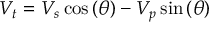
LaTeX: V _ { t } = V _ { s } \cos \left( \theta \right) - V _ { p } \sin \left( \theta \right)